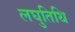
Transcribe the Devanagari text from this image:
लघुतिथि